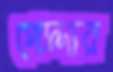
পেদ্দার